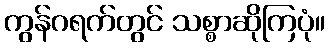
ကွန်ဂရက်တွင် သစ္စာဆိုကြပုံ။